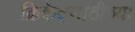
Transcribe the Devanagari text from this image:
क्रिकेट्साठीच्या